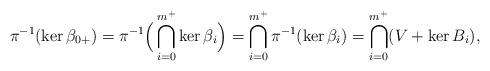
LaTeX: \begin{align*} \pi^{-1}(\ker \beta_{0+})=\pi^{-1}\Big(\bigcap_{i=0}^{m^+} \ker \beta_i \Big) = \bigcap_{i=0}^{m^+} \pi^{-1}(\ker \beta_i)= \bigcap_{i=0}^{m^+} (V+\ker B_i),\end{align*}